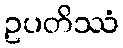
ဥပတိဿံ